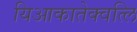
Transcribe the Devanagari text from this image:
यिआकातेक्वत्लि